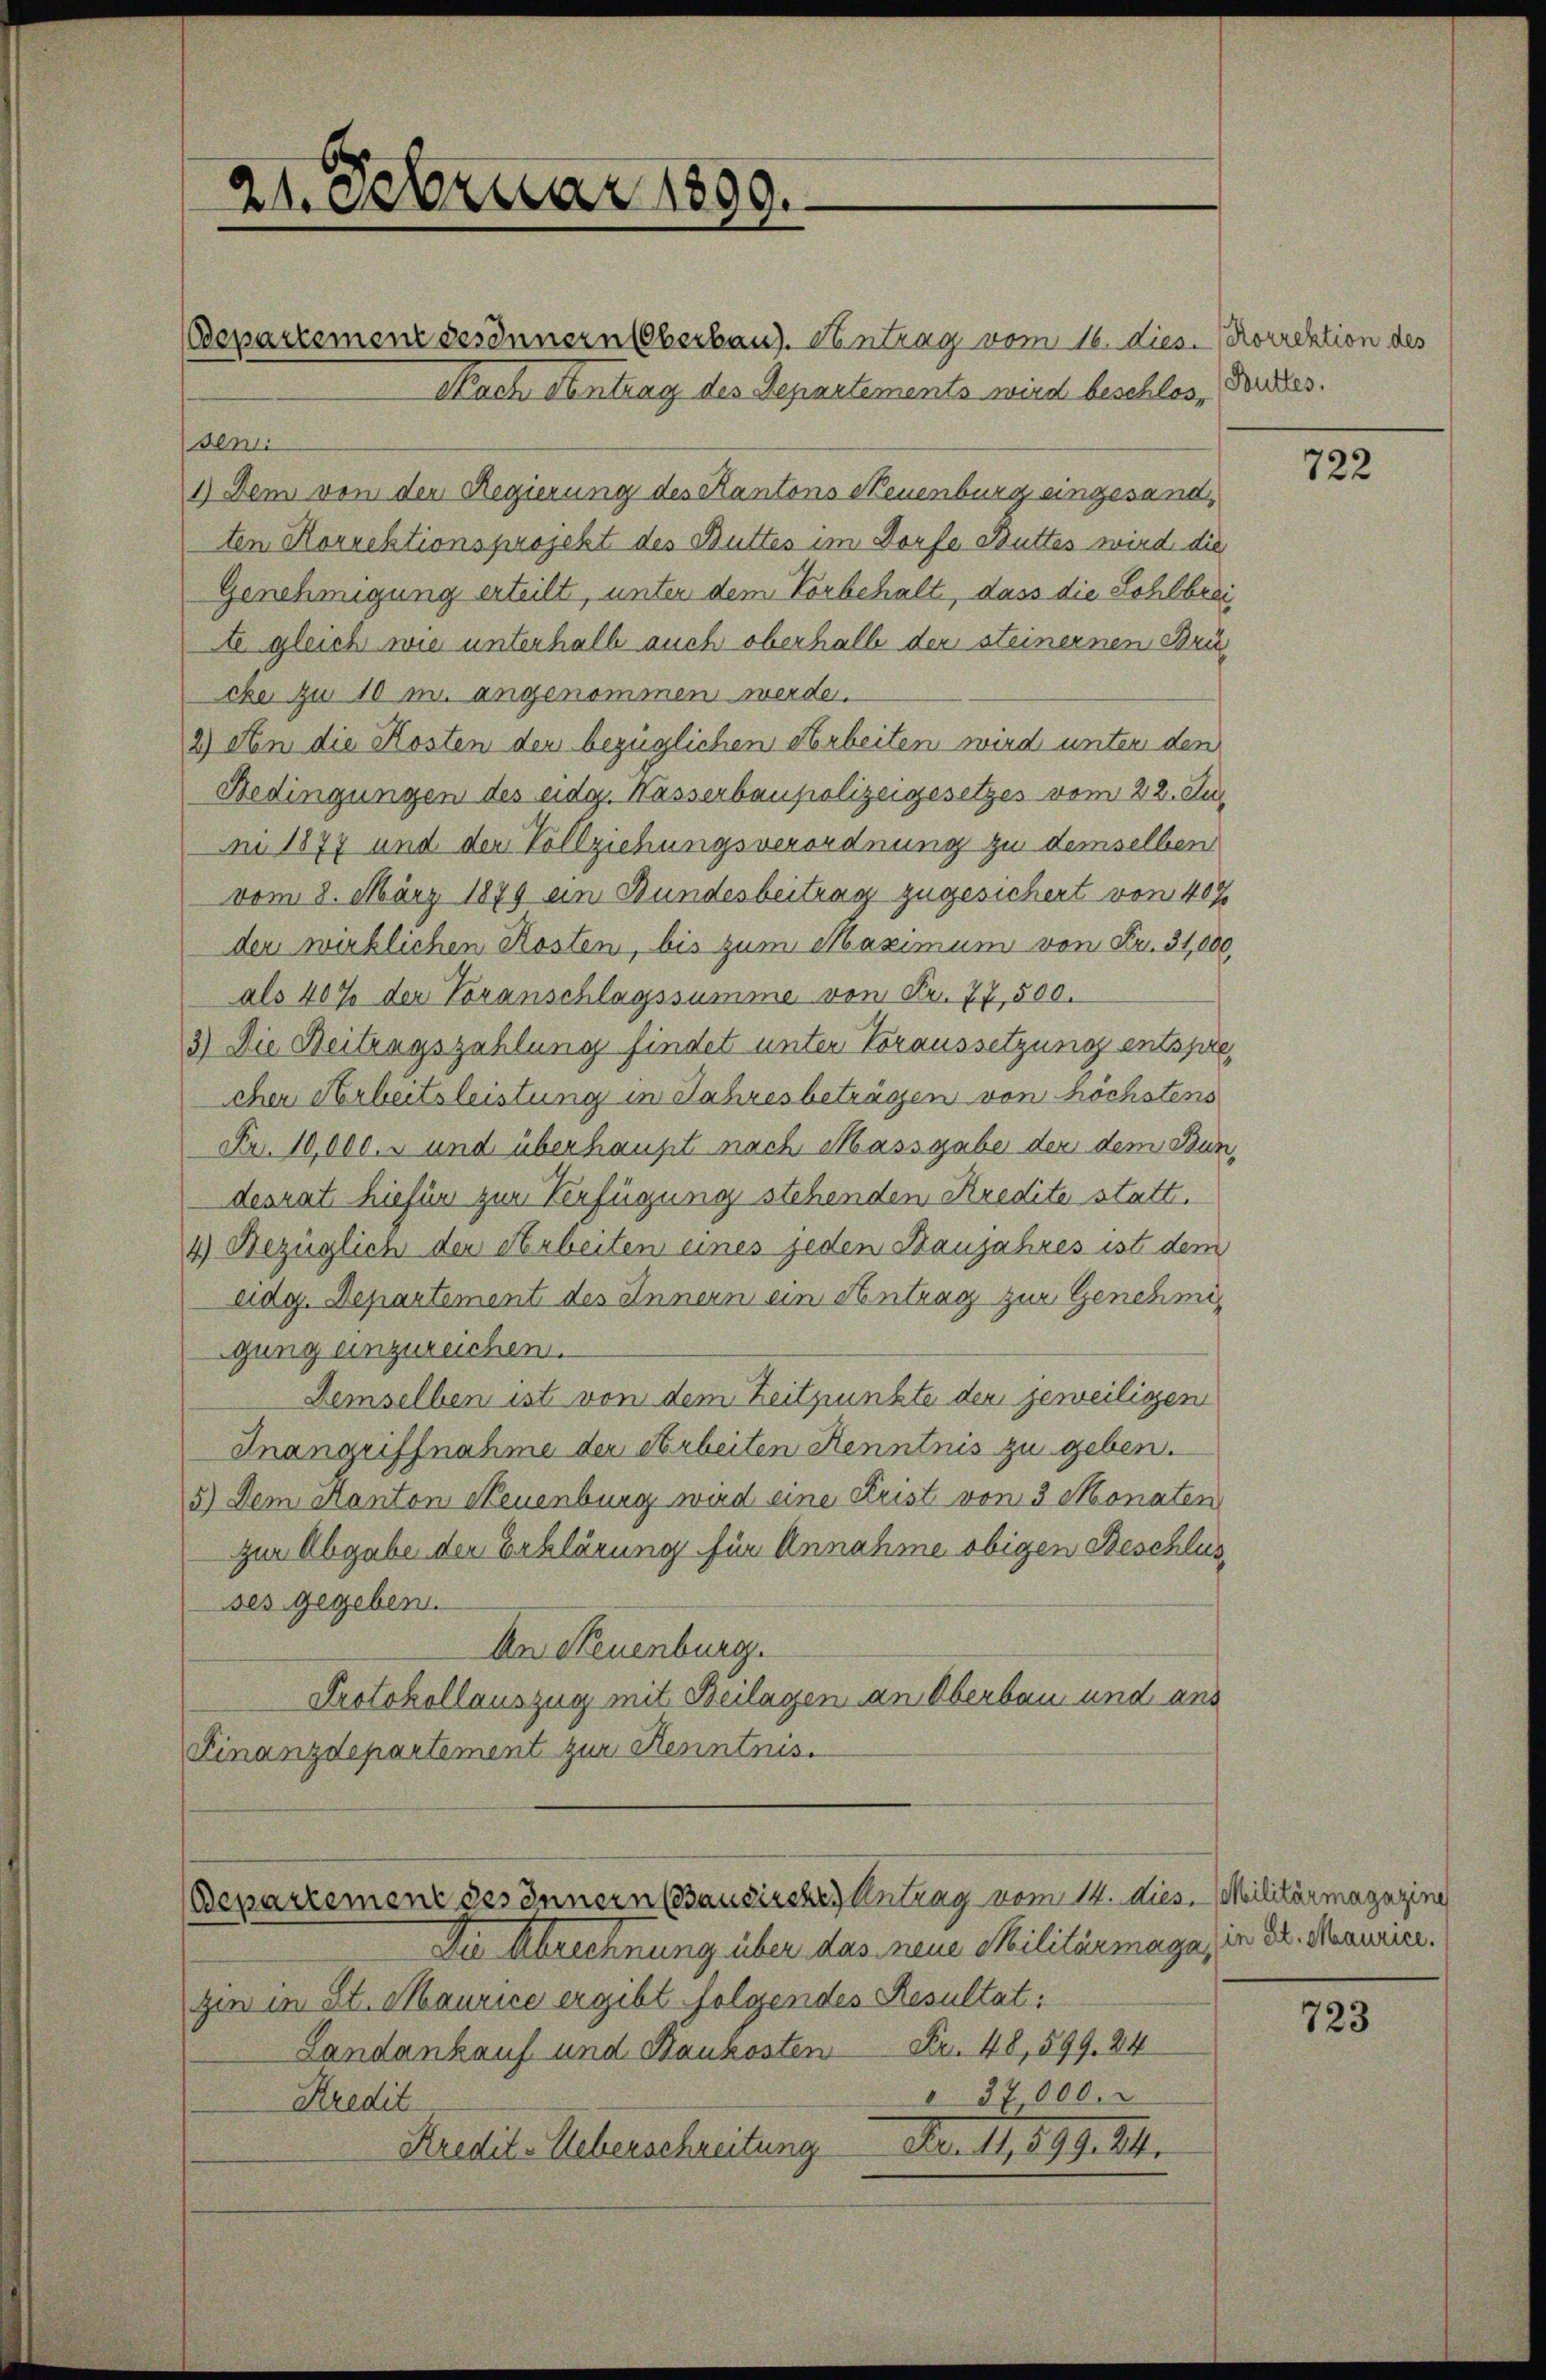
21. Februar 1890.

Departement ses innern (Bausisches Antrag vom 14. dies. Militärmagazing

departement des Innern Oberbaus. Antrag vom 16. dies. Korrektion des
Nach Antrag des Departements wird beschlosseni
1.) Dem von der Regierung des Kantons Neuenburg eingesandten Korrektionsprojekt des Buttes im Dorfe Buttes wird die
Genehmigung erteilt, unter dem Vorbehalt, dass die Sohlbreite gleich wie unterhalb auch oberhalb der steinernen Drucke zu 10 m. angenommen werde.
2) An die Kosten der bezüglichen Arbeiten wird unter den
Bedingungen des eidg. Wasserbaupolizeigesetzes vom 22. Ju
n 1877 und der Vollziehungsverordnung zu demselben
vom 8. März 1879 ein Bundesbeitrag zugesichert von 40%
der wirklichen Kosten, bis zum Maximum von Fr. 31,000.
als 40% der Voranschlagssumme von Fr. 77,500.
3) Die Beitragszahlung findet unter Voraussetzung entsprecher Arbeitsleistung in Jahresbeträgen von höchstens
Fr. 10,000. s und überhaupt nach Massgabe der dem Bundesrat hiefür zur Verfügung stehenden Kredite statt.
4) Bezüglich der Arbeiten eines jeden Kaujahres ist dem
eidg. Departement des Innern ein Antrag zur Genehmigung einzureichen.
Demselben ist von dem Zeitpunkte der jeweiligen
Inangriffnahme der Arbeiten Kenntnis zu geben.
5.) Dem Kanton Neuenburg wird eine Frist von 3 Monaten
zur Abgabe der Erklärung für Annahme obigen Beschlusses gegeben.
An Neuenburg.
Protokollauszug mit Beilagen an Oberbau und aus
Finanzdepartement zur Kenntnis.

Du Abrechnung über das neue Militärmaga, in Dr. Menurier.
zin in St. Maurice ergibt folgendes Resultat:
Landankauf und Baukosten Fr. 48, 599. 24
37000.
Kredit
Kredit-Ueberschreitung Nr. 11,899. 24.

Buttes.

722

723